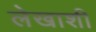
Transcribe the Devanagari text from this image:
लेखाशी